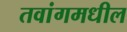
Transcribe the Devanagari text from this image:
तवांगमधील